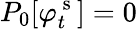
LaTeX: P_{0}[\varphi_{t}^{\mathrm{~s~}}]=0